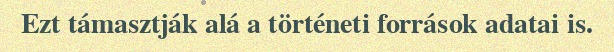
Ezt támasztják alá a történeti források adatai is.